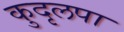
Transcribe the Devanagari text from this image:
कुदृलपा